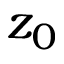
z _ { 0 }